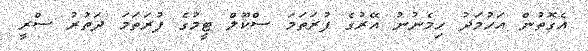
އެގޮތުން އަހުމަދު ހިމެނުނު އޭރުގެ ފުރަތަމަ ސްކޫލް ޓީމުގެ ފުރަތަމަ ދަތުރު ސްރީ